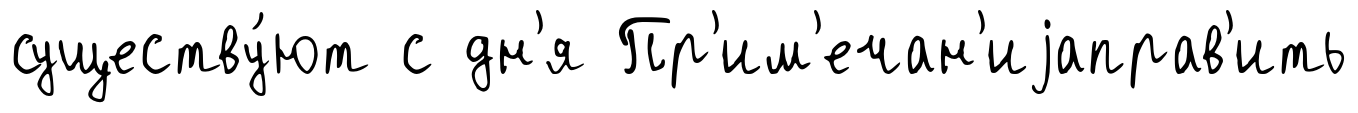
существу́ют с дн'я Пр'им'ечан'иjаправ'ить